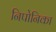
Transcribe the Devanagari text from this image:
निपोनिका